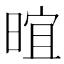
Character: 𬁁